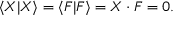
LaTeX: \langle X | X \rangle = \langle F | F \rangle = X \cdot F = 0 .